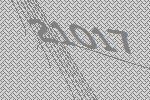
21017